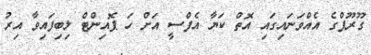
ގޫރޫޕްގެ އެއްވަނައިގައި އޮތް ކަޔާ އެފްސީ އަށް ހަ ޕޮއިންޓް ލިބިފައިވާ އިރު